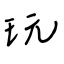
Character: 玩